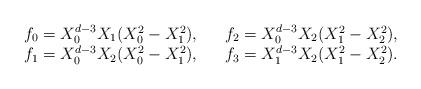
LaTeX: \begin{align*}\begin{array}{ccc}f_0= X_0^{d-3}X_1(X_0^2-X_1^2),&&f_2=X_0^{d-3}X_2(X_1^2-X_2^2),\\f_1=X_0^{d-3}X_2(X_0^2-X_1^2),&&f_3=X_1^{d-3}X_2(X_1^2-X_2^2).\end{array}\end{align*}